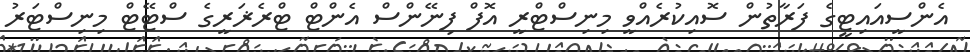
އެންސީއައިޓީގެ ފަރާތުން ސޮއިކުރެއްވީ މިނިސްޓްރީ އޮފް ފިނޭންސް އެންޓް ޓްރެޜަރީގެ ސްޓޭޓް މިނިސްޓަރު